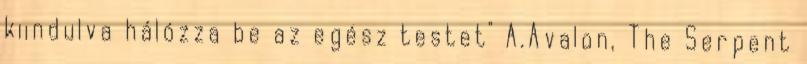
kiindulva hálózza be az egész testet" A.Avalon, The Serpent